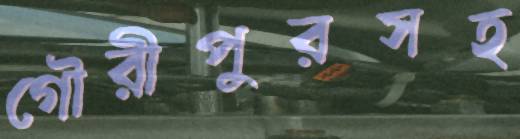
গৌরীপুরসহ